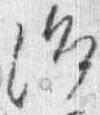
治